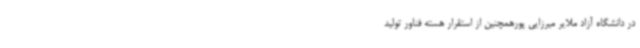
در دانشگاه آزاد ملایر میرزایی پورهمچنین از استقرار هسته فناور تولید